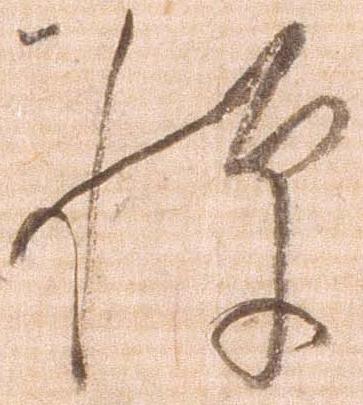
憚